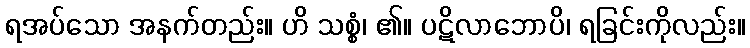
ရအပ်သော အနက်တည်း။ ဟိ သစ္စံ၊ ၏။ ပဋိလာဘောပိ၊ ရခြင်းကိုလည်း။